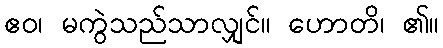
ဧဝ၊ မကွဲသည်သာလျှင်။ ဟောတိ၊ ၏။